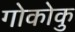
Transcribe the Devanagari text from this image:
गोकोकु